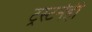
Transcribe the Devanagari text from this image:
ट्रस्टनेही